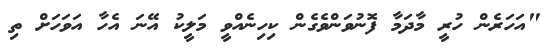
"އަހަރެން ހުރީ މާދަމާ ފޮނުވަންވެގެން ކިހިނެއްވީ މަލީކު އޭނަ އެހާ އަވަހަށް ތި